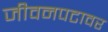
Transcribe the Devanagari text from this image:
जीवनपटावर